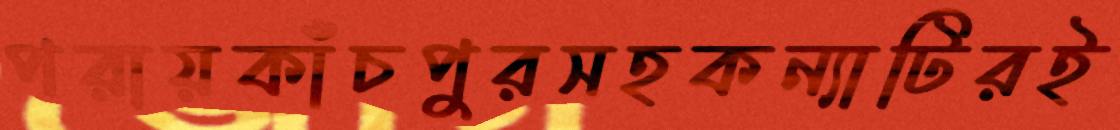
পরায়কাঁচপুরসহকন্যাটিরই